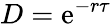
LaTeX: D=\mathrm{e}^{-r\tau}